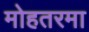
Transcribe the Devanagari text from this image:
मोहतरमा